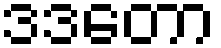
ဒဒတော